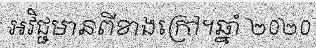
អវិជ្ជមានពីខាងក្រៅ។ឆ្នាំ ២០២០